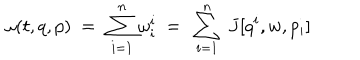
LaTeX: \omega ( t , q , p ) \ = \ \sum _ { i = 1 } ^ { n } \omega _ { i } ^ { i } \ = \ \sum _ { i = 1 } ^ { n } \ J [ q ^ { i } , w , p _ { i } ]